Punjab Mental Hospital Lahore 1922-31 - 1922-1931
Year: 1922
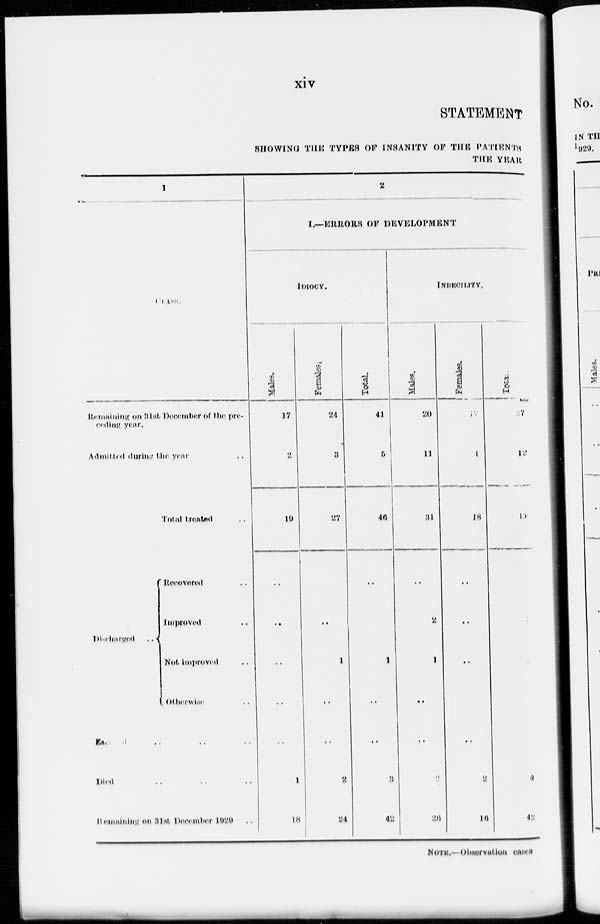
xiv
STATEMENT
SHOWING THE TYPES OF INSANITY OF THE PATIENTS
THE YEAR
1
CLASS.
Remaining on 31st December of the pre-
coding year.
Admitted during the year ..
Total treated ..
Discharged
..
Recovered ..
Improved ..
Not Improved ..
Otherwise ..
Escaped .. .. ..
Died .. .. ..
Remaining on 31st December 1929 ..
2
I—ERRORS OF DEVELOPMENT
IDIOCY .
Males.
17
2
19
..
..
..
..
..
1
18
Females.
24
3
27
..
1
..
..
2
24
Total.
41
5
46
..
1
..
..
3
42
INDECILITY.
Males.
20
11
31
..
2
1
..
..
..
26
Females.
17
1
18
..
..
..
..
2
16
Total.
37
12
49
4
42
NOTE.- Observation cases